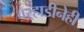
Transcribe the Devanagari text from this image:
वऱ्हाडीनेही